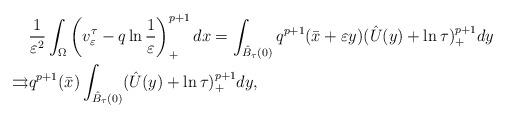
LaTeX: \begin{align*}&\frac{1}{\varepsilon^2}\int_\Omega\left( v^\tau_\varepsilon-q\ln\frac{1}{\varepsilon}\right) ^{p+1}_+ dx=\int_{\hat{B}_\tau(0)}q^{p+1}(\bar{x}+\varepsilon y)(\hat{U}(y)+\ln\tau)^{p+1}_+dy\\\rightrightarrows&q^{p+1}(\bar{x})\int_{\hat{B}_\tau(0)}(\hat{U}(y)+\ln\tau)^{p+1}_+dy,\end{align*}